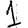
Digit: 1